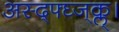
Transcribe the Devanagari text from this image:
अस्द्फ्घ्ज्क्ल्।